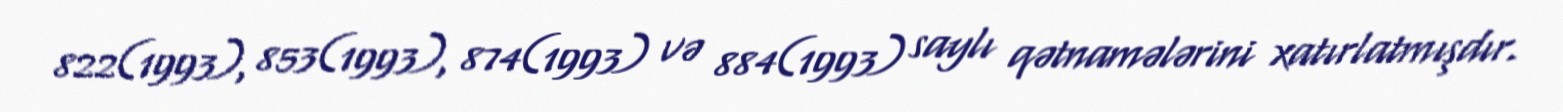
822(1993), 853(1993), 874(1993) və 884(1993) saylı qətnamələrini xatırlatmışdır.